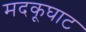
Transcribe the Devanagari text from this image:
मदकूघाट